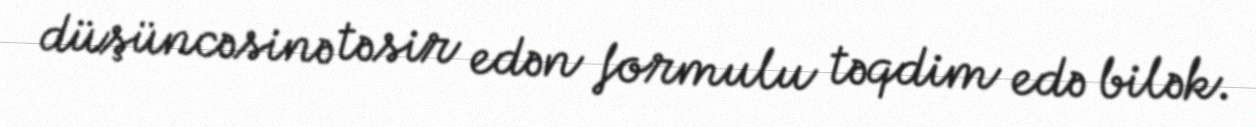
düşüncəsinə təsir edən formulu təqdim edə bilək.